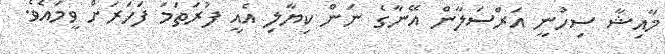
މާއިޝާ ސިހުނީ އަރްސަލާން އޭނާގެ ނަން ކިޔާލި އެއީ ފުރަތަމަ ފަހަރަށް ވީމައެވެ.